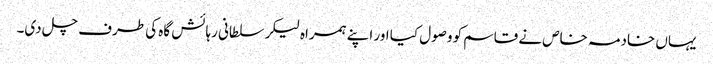
یہاں خادمہ خاص نے قاسم کو وصول کیا اور اپنے ہمراہ لیکر سلطانی رہائش گاہ کی طرف چل دی۔